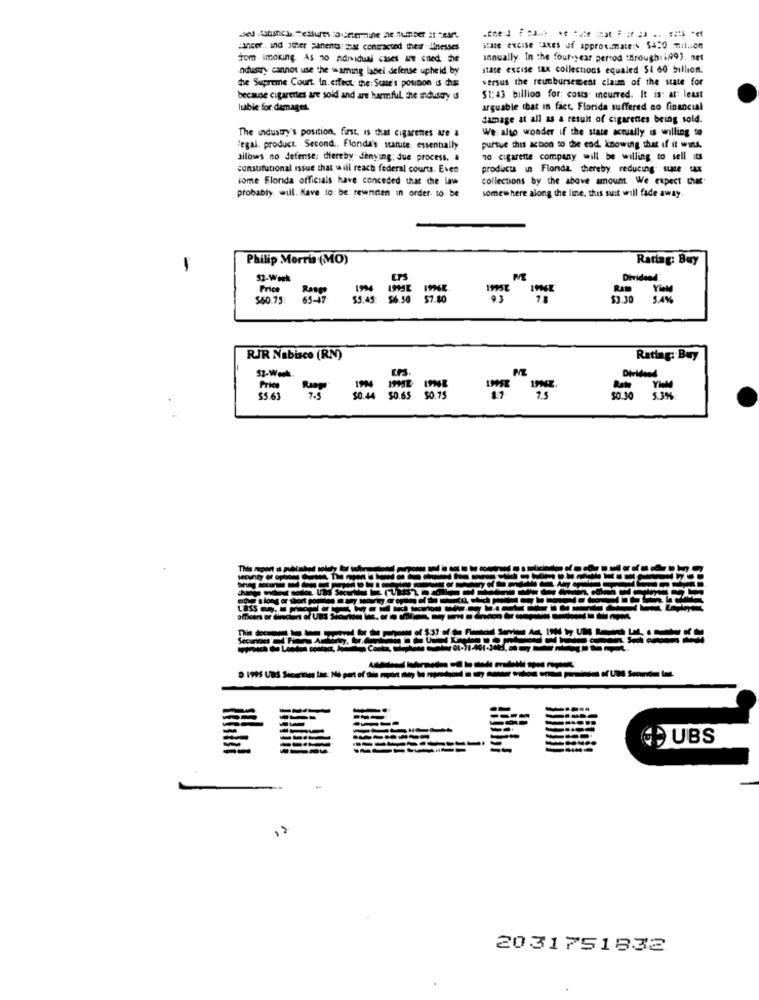
cancer .. and other panents: mat contracted their dinesses
tom imoking As no ndividual cases ane cned the
annually. In the four-year period through i/993. net
Industry cannot use the waming label defense upheld by
state excise tax collections equaled $1 60 billion:
the Supreme Court. In. erfect the: Stue's position is chia:
versus the reunbursement claim of the state for
because cigarettes are sold and are harmful the industry d
51:43 billion for: costs incurred. It is: at least
luable for damages.
arguable that in fact, Florida suffered no financial
damage at all as a result of cigarettes being sold.
The industry's position, first. is that cigarettes are a
We also wonder if the state actually is willing to
legal. product. Second .. Flonda's starte essentially
pursue this action to die end knowing that if it wins.
silows no defense; diereby denying; due process. a
10 cigarene company will be willing to sell its
constitutional issue that will reach federal courts. Even
products in Fionda, thereby reducing state tax
some Florida officials have conceded that the law
collections by the above amount. We expect thus
probably will. Have to: be: rewnnen in order to be
somewhere along the line, this suit will fade away.
Philip Morris (MO)
Rating: Buy
52-Week
Dividend
Price
1994
Yield
$60.75
65-47
$5.45
56.50
57.80
$3.30
5.4%
RJR Nabisco (RN)
Rating: Buy
52-Week.
Dividend
55.63
7.5
50.75
5.3%
This
Secure
D 1995 UBS Sicerides Luz: No port of dile mport any bus
UBS
2031751832